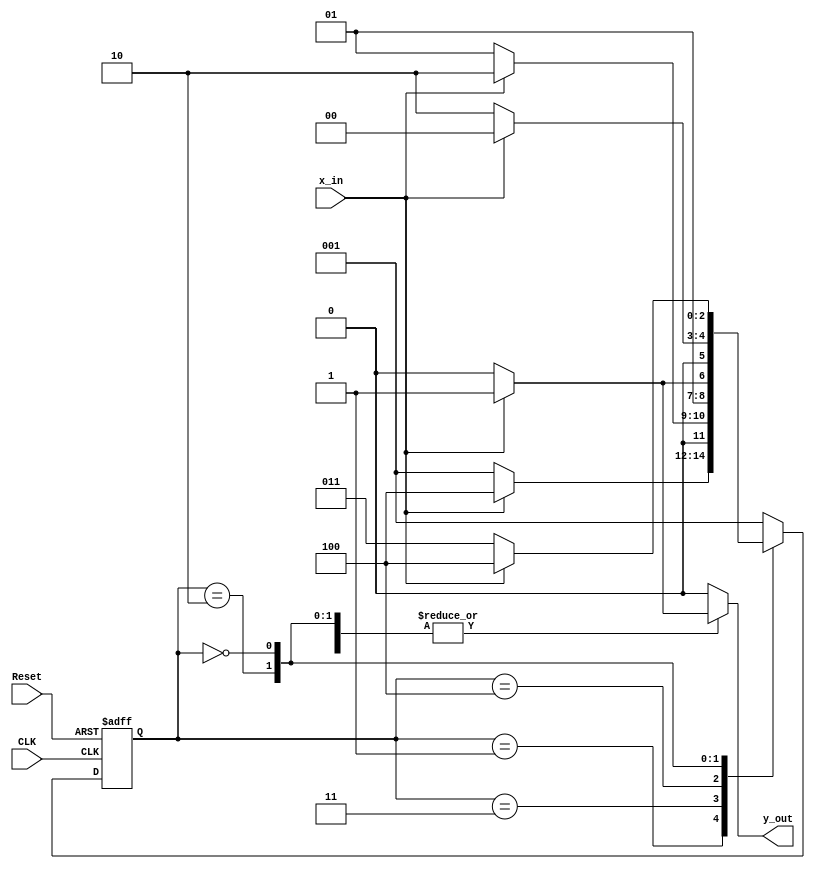
`timescale 1ns/1ns

module FSM_a(output reg y_out,
             input wire x_in, CLK, Reset);

reg [2:0] CurrentState, NextState;
parameter s1 = 3'b001,
          s2 = 3'b011,
          s3 = 3'b100,
	  s4 = 3'b010,
	  s5 = 3'b000;

always @(posedge CLK or posedge Reset)
   begin
      if(Reset)
         CurrentState <= s1;
      else
         CurrentState <= NextState;
   end 

always @(CurrentState or x_in)
   begin
      case(CurrentState)
        s1 : if(x_in == 1'b0) NextState = s1;
                else NextState = s3;
        s2 : if(x_in == 1'b0) NextState = s1;
		else NextState = s4;
        s3 : if(x_in == 1'b0) NextState = s4;
		else NextState = s2;
	    s4 : if(x_in == 1'b0) NextState = s4;
		else NextState = s5;
	    s5 : if(x_in == 1'b0) NextState = s2;
		else NextState = s3;
        default : NextState = s1; 
      endcase 
   end 

always @(CurrentState or x_in)
   begin 
     case(CurrentState) 
        s1 : if(x_in == 1'b0) y_out = 1'b0;
                 else y_out = 1'b1;
        s2 : if(x_in == 1'b0) y_out = 1'b0;
                 else y_out = 1'b1;
        s3 : y_out = 1'b0;
	s4 : if(x_in == 1'b0) y_out = 1'b0;
                 else y_out = 1'b1;
	s5 : if(x_in == 1'b0) y_out = 1'b0;
                 else y_out = 1'b1;
        default : y_out = 1'b0;
      endcase
   end

endmodule